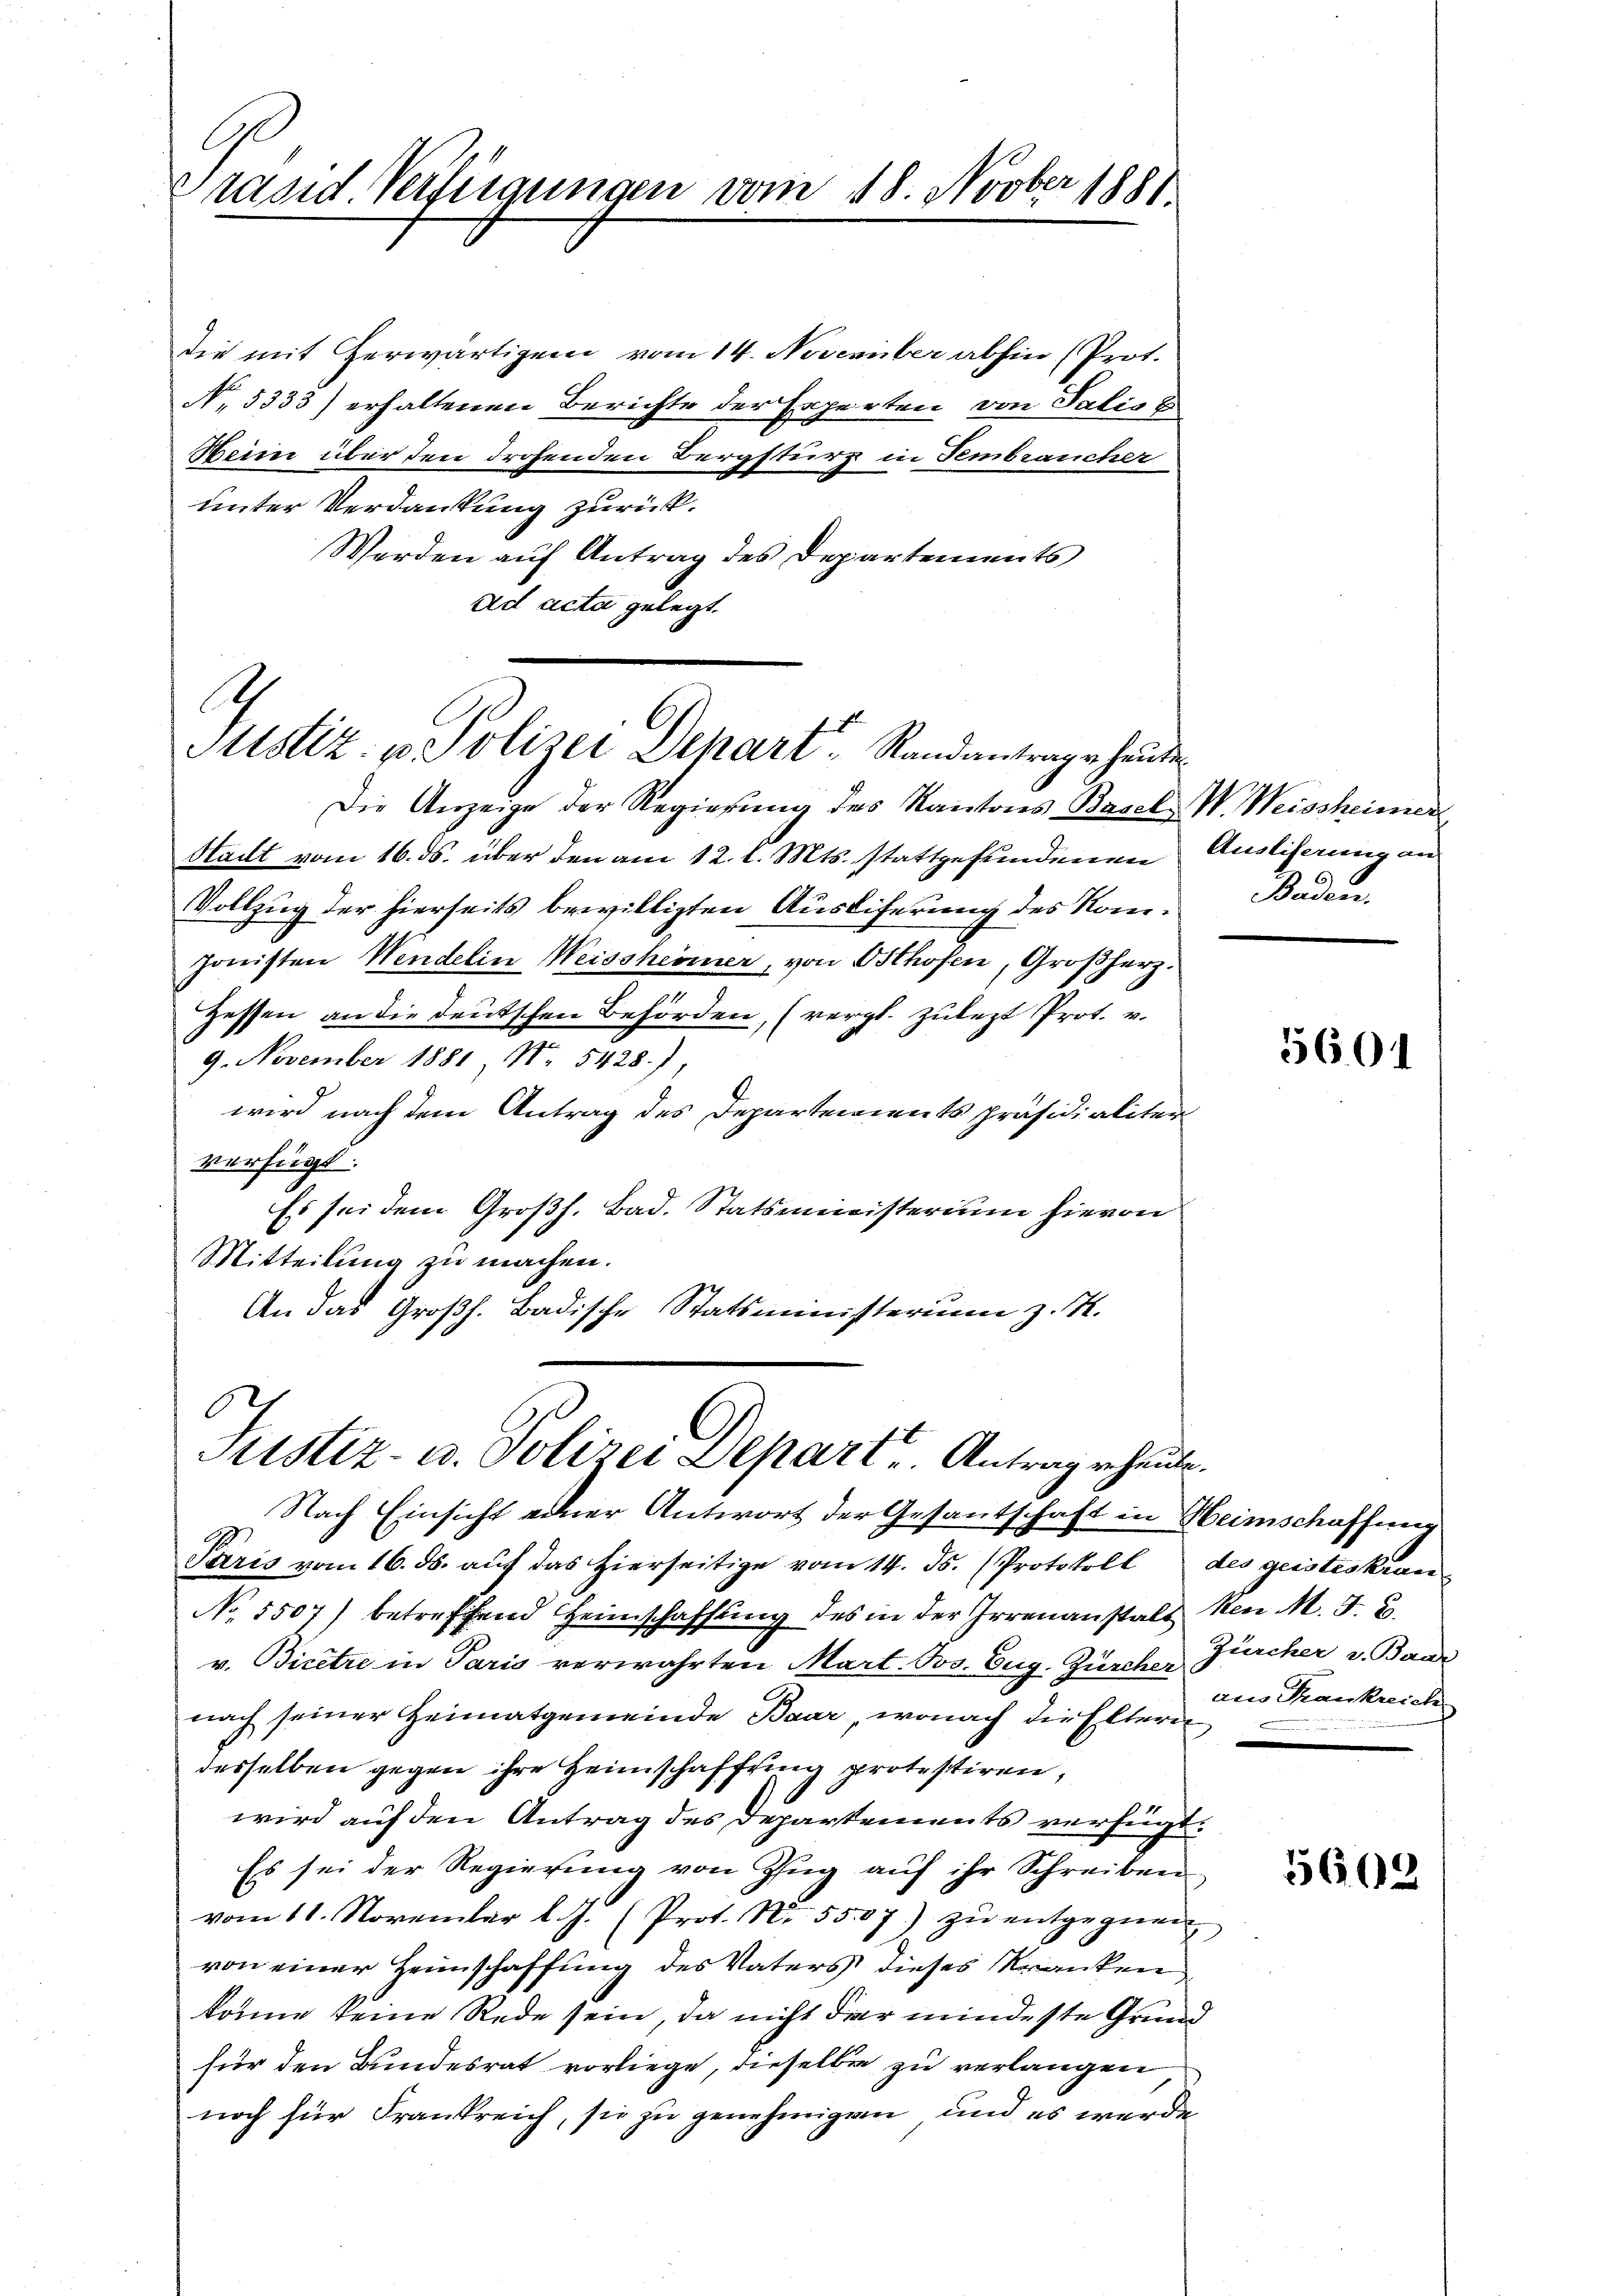
rasid. Verfügungen vom 18. Novber 1881.

Die mit herwärtigen vom 14. November abhin (Prot.
No. 5333) erhaltenen Berichte der Experten von Salist
Meien über den drohenden Bergsturz in Fembraucher
unter Verdankung zurück.
Werden auf Antrag des Departements
ad acta gelegt.

Pttstiz- u. Polizei Dehart Randantrage heuten

Die Anzeige der Regierung des Kantons Basel W. Weissheimer
Stadt vom 16. ds. über den am 12. l. Mts. stattgefundenen
Vollzug der hierseits bewilligten Ausliferung des Nom¬
Jonisten Wendelin Weissheimer, von Osthofen, Großherz.
.
Hessen an die deutschen Behörden, (vergl. Zulezt Prot. v.
9. November 1881, No. 5428),
wird nach dem Antrag des Departements präsidialiter
verfügt:
Es sei dem Großh. Bad. Statsministerium hievon
Mitteilung zu machen.
An das Großh. Badische Statsministerium z. K.

6
Justiz- u. Polizei Depart. Antrage heute.

Nach Einsicht einer Antwort der Gesantschaft in Heimschaffung
Paris vom 16. ds. auf das hierseitige vom 14. ds. (Protokoll des geisteskran¬
No 1507) betreffend Heimschaffung des in der Irrenanstals den M. F. u.
v. Bicetre in Paris verwahrten Mart. Jos. Eug. Zürcher Zürcher v. Band
nach seiner Heimatgemeinde Baar, wonach die Eltern
desselben gegen ihre Heimschaffung protestiren,
wird auf den Antrag des Departements verfügt:
Es sei der Regierung von Zug auf ihr Schreiben
vom 11. November l. J. (Prot. N. 5507) zŭ entgegnen
von einer Heimschaffung des Vaters dieses Kranken
könne keine Rede sein, da nicht der mindeste Grund
für den Bundesrat vorliege, dieselben zu verlangen
noch für Frankreich, sie zu genehmigen, und es werde

Ausliferung an
Baden.

5604

aus Frankreich

5602